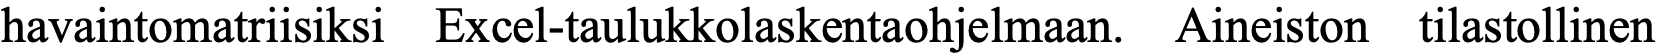
havaintomatriisiksi Excel-taulukkolaskentaohjelmaan. Aineiston tilastollinen